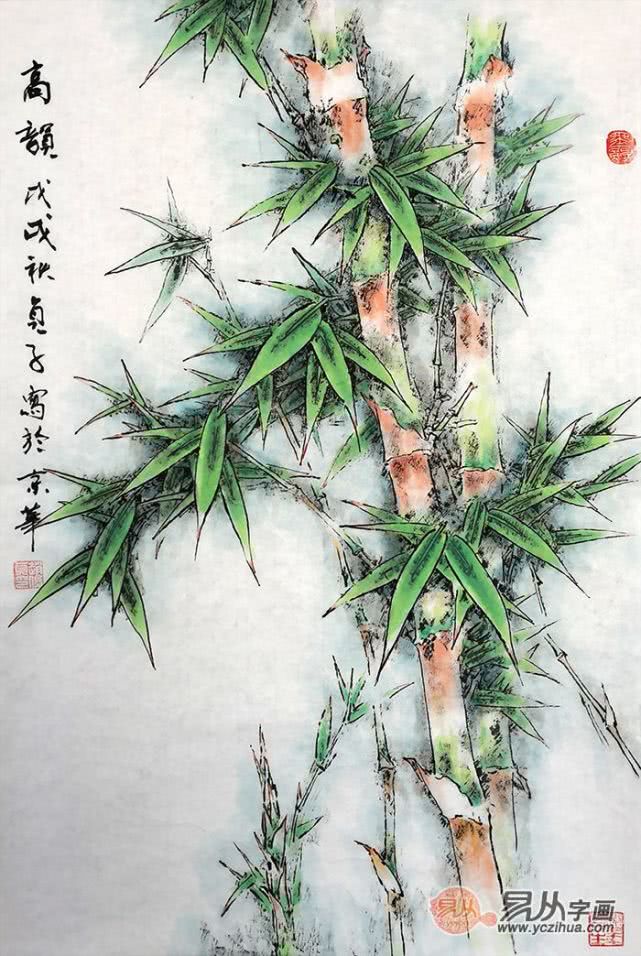
槐叶初匀日气凉，葱葱鼠耳翠成双。